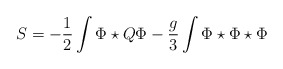
\begin{align*}S = - \frac{1}{2} \int \Phi \star Q \Phi - \frac{g}{3} \int \Phi \star\Phi \star \Phi\end{align*}